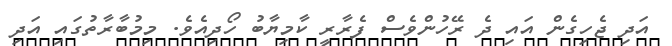
އަދި ޖެހިގެން އައި ދެ ރޭހުންވެސް ފެރާރީ ކާމިޔާބު ހޯދިއެވެ. މިމުބާރާތުގައިި އަދި